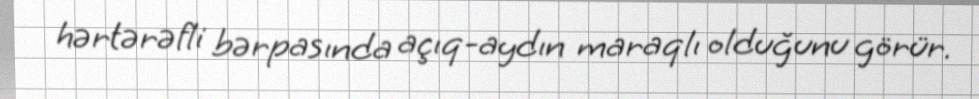
hərtərəfli bərpasında açıq-aydın maraqlı olduğunu görür.